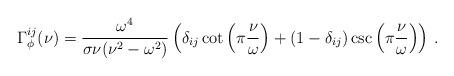
LaTeX: \begin{align*}\Gamma^{ij}_\phi(\nu) = \frac{\omega^4}{\sigma\nu(\nu^2 - \omega^2)}\left( \delta_{ij} \cot\left(\pi\frac{\nu}{\omega}\right)+ (1 - \delta_{ij}) \csc\left(\pi\frac{\nu}{\omega}\right) \right) \,.\end{align*}